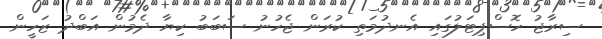
ސިރާޖު ހޮސްޕިޓަލުގައި އެނދުމަތި ކުރަން ޖެހުނު ސަބަބު ކިޔާ ދެމުން އަބްދު ޒަހީން